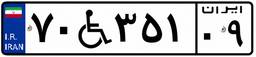
۷۰W۳۵۱۰۹